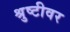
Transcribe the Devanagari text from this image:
श्रुष्टीवर